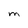
Character: M